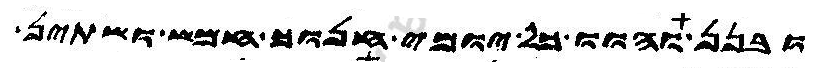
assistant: ובנן והוו כל יומי חנוך חמש ושתין